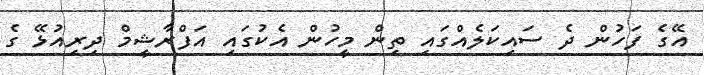
އޭގެ ފަހުން ދެ ސައިކަލެއްގައި ތިން މީހުން އެކުގައި އަފްރާޝީމް ދިރިއުޅޭ ގެ